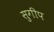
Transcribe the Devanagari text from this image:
सुगीप